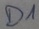
Text: D1